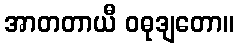
အာတတာယီ ဝဓုဒျတော။